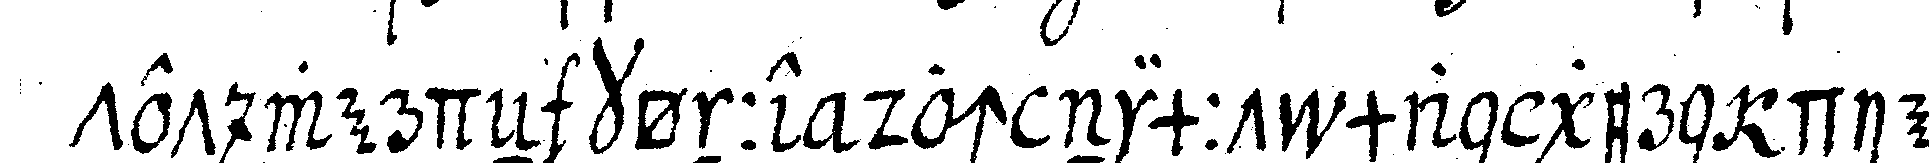
tet werdeN könne doch nimmt man gern die